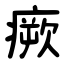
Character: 瘚